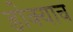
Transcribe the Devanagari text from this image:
डोक्याच